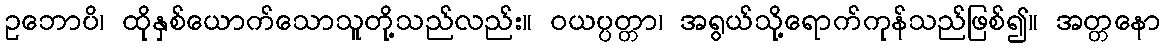
ဥဘောပိ၊ ထိုနှစ်ယောက်သောသူတို့သည်လည်း။ ဝယပ္ပတ္တာ၊ အရွယ်သို့ရောက်ကုန်သည်ဖြစ်၍။ အတ္တနော